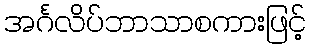
အင်္ဂလိပ်ဘာသာစကားဖြင့်